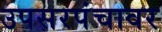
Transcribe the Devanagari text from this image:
उपसरपंचावर